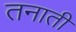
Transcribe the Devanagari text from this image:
तनाती